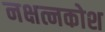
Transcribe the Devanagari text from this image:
नक्षत्नकोश